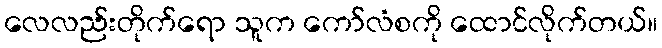
လေလည်းတိုက်ရော သူက ကော်လံစကို ထောင်လိုက်တယ်။